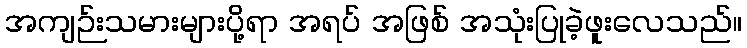
အကျဉ်းသမားများပို့ရာ အရပ် အဖြစ် အသုံးပြုခဲ့ဖူးလေသည်။